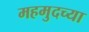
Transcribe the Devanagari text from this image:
महमुदच्या